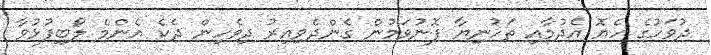
ދުވަހުގެ ހެޔޮ އެދުމާއި ތަހުނިޔާ ފޮނުވަމުން ގެންދެވިއިރު ދިވެހިން ދެކެ އެންމެ ލޯބިފުޅުވާ